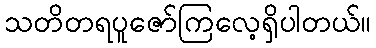
သတိတရပူဇော်ကြလေ့ရှိပါတယ်။